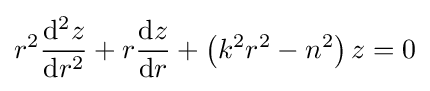
r^{2}{\mathrm {d} ^{2}z \over \mathrm {d} r^{2}}+r{\mathrm {d} z \over \mathrm {d} r}+\left(k^{2}r^{2}-n^{2}\right)z=0